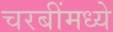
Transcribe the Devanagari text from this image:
चरबींमध्ये